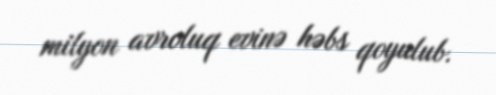
milyon avroluq evinə həbs qoyulub.